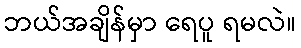
ဘယ်အချိန်မှာ ရေပူ ရမလဲ။